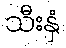
သီးနှံ